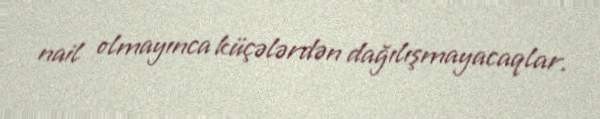
nail olmayınca küçələrdən dağılışmayacaqlar.